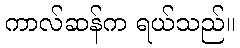
ကာလ်ဆန်က ရယ်သည်။